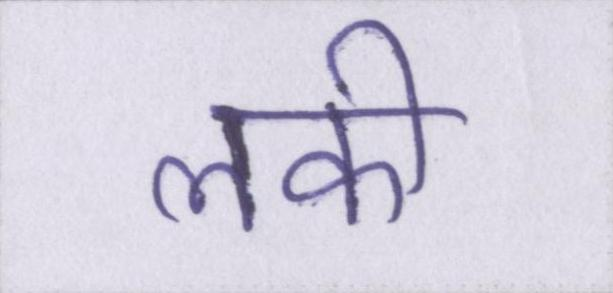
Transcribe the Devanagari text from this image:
लकी